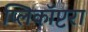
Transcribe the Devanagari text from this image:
प्लिकॉप्टरा